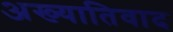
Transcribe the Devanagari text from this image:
अख्यातिवाद